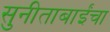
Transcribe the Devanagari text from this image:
सुनीताबाईंचा